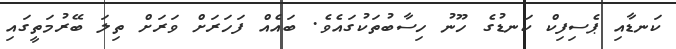
ކަނޑާއި ޕެސިފިކް ކަނޑުގެ ހޫނު ހިސާބުތަކުގައެވެ. ބައެއް ފަހަރަށް ވަރަށް ތިލަ ބޭރުމަތީގައި